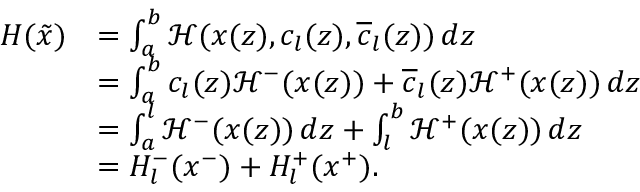
\begin{array} { r l } { H ( \tilde { x } ) } & { = \int _ { a } ^ { b } \mathcal { H } ( x ( z ) , c _ { l } ( z ) , \overline { { c } } _ { l } ( z ) ) \, d z } \\ & { = \int _ { a } ^ { b } c _ { l } ( z ) \mathcal { H } ^ { - } ( x ( z ) ) + \overline { { c } } _ { l } ( z ) \mathcal { H } ^ { + } ( x ( z ) ) \, d z } \\ & { = \int _ { a } ^ { l } \mathcal { H } ^ { - } ( x ( z ) ) \, d z + \int _ { l } ^ { b } \mathcal { H } ^ { + } ( x ( z ) ) \, d z } \\ & { = H _ { l } ^ { - } ( x ^ { - } ) + H _ { l } ^ { + } ( x ^ { + } ) . } \end{array}